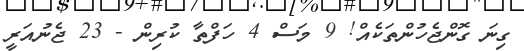
ގިނަ ގޮންޖެހުންތަކެއް! 9 މަސް 4 ހަފްތާ ކުރިން - 23 ޖެނުއަރީ